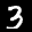
Label: 3